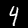
Label: 4